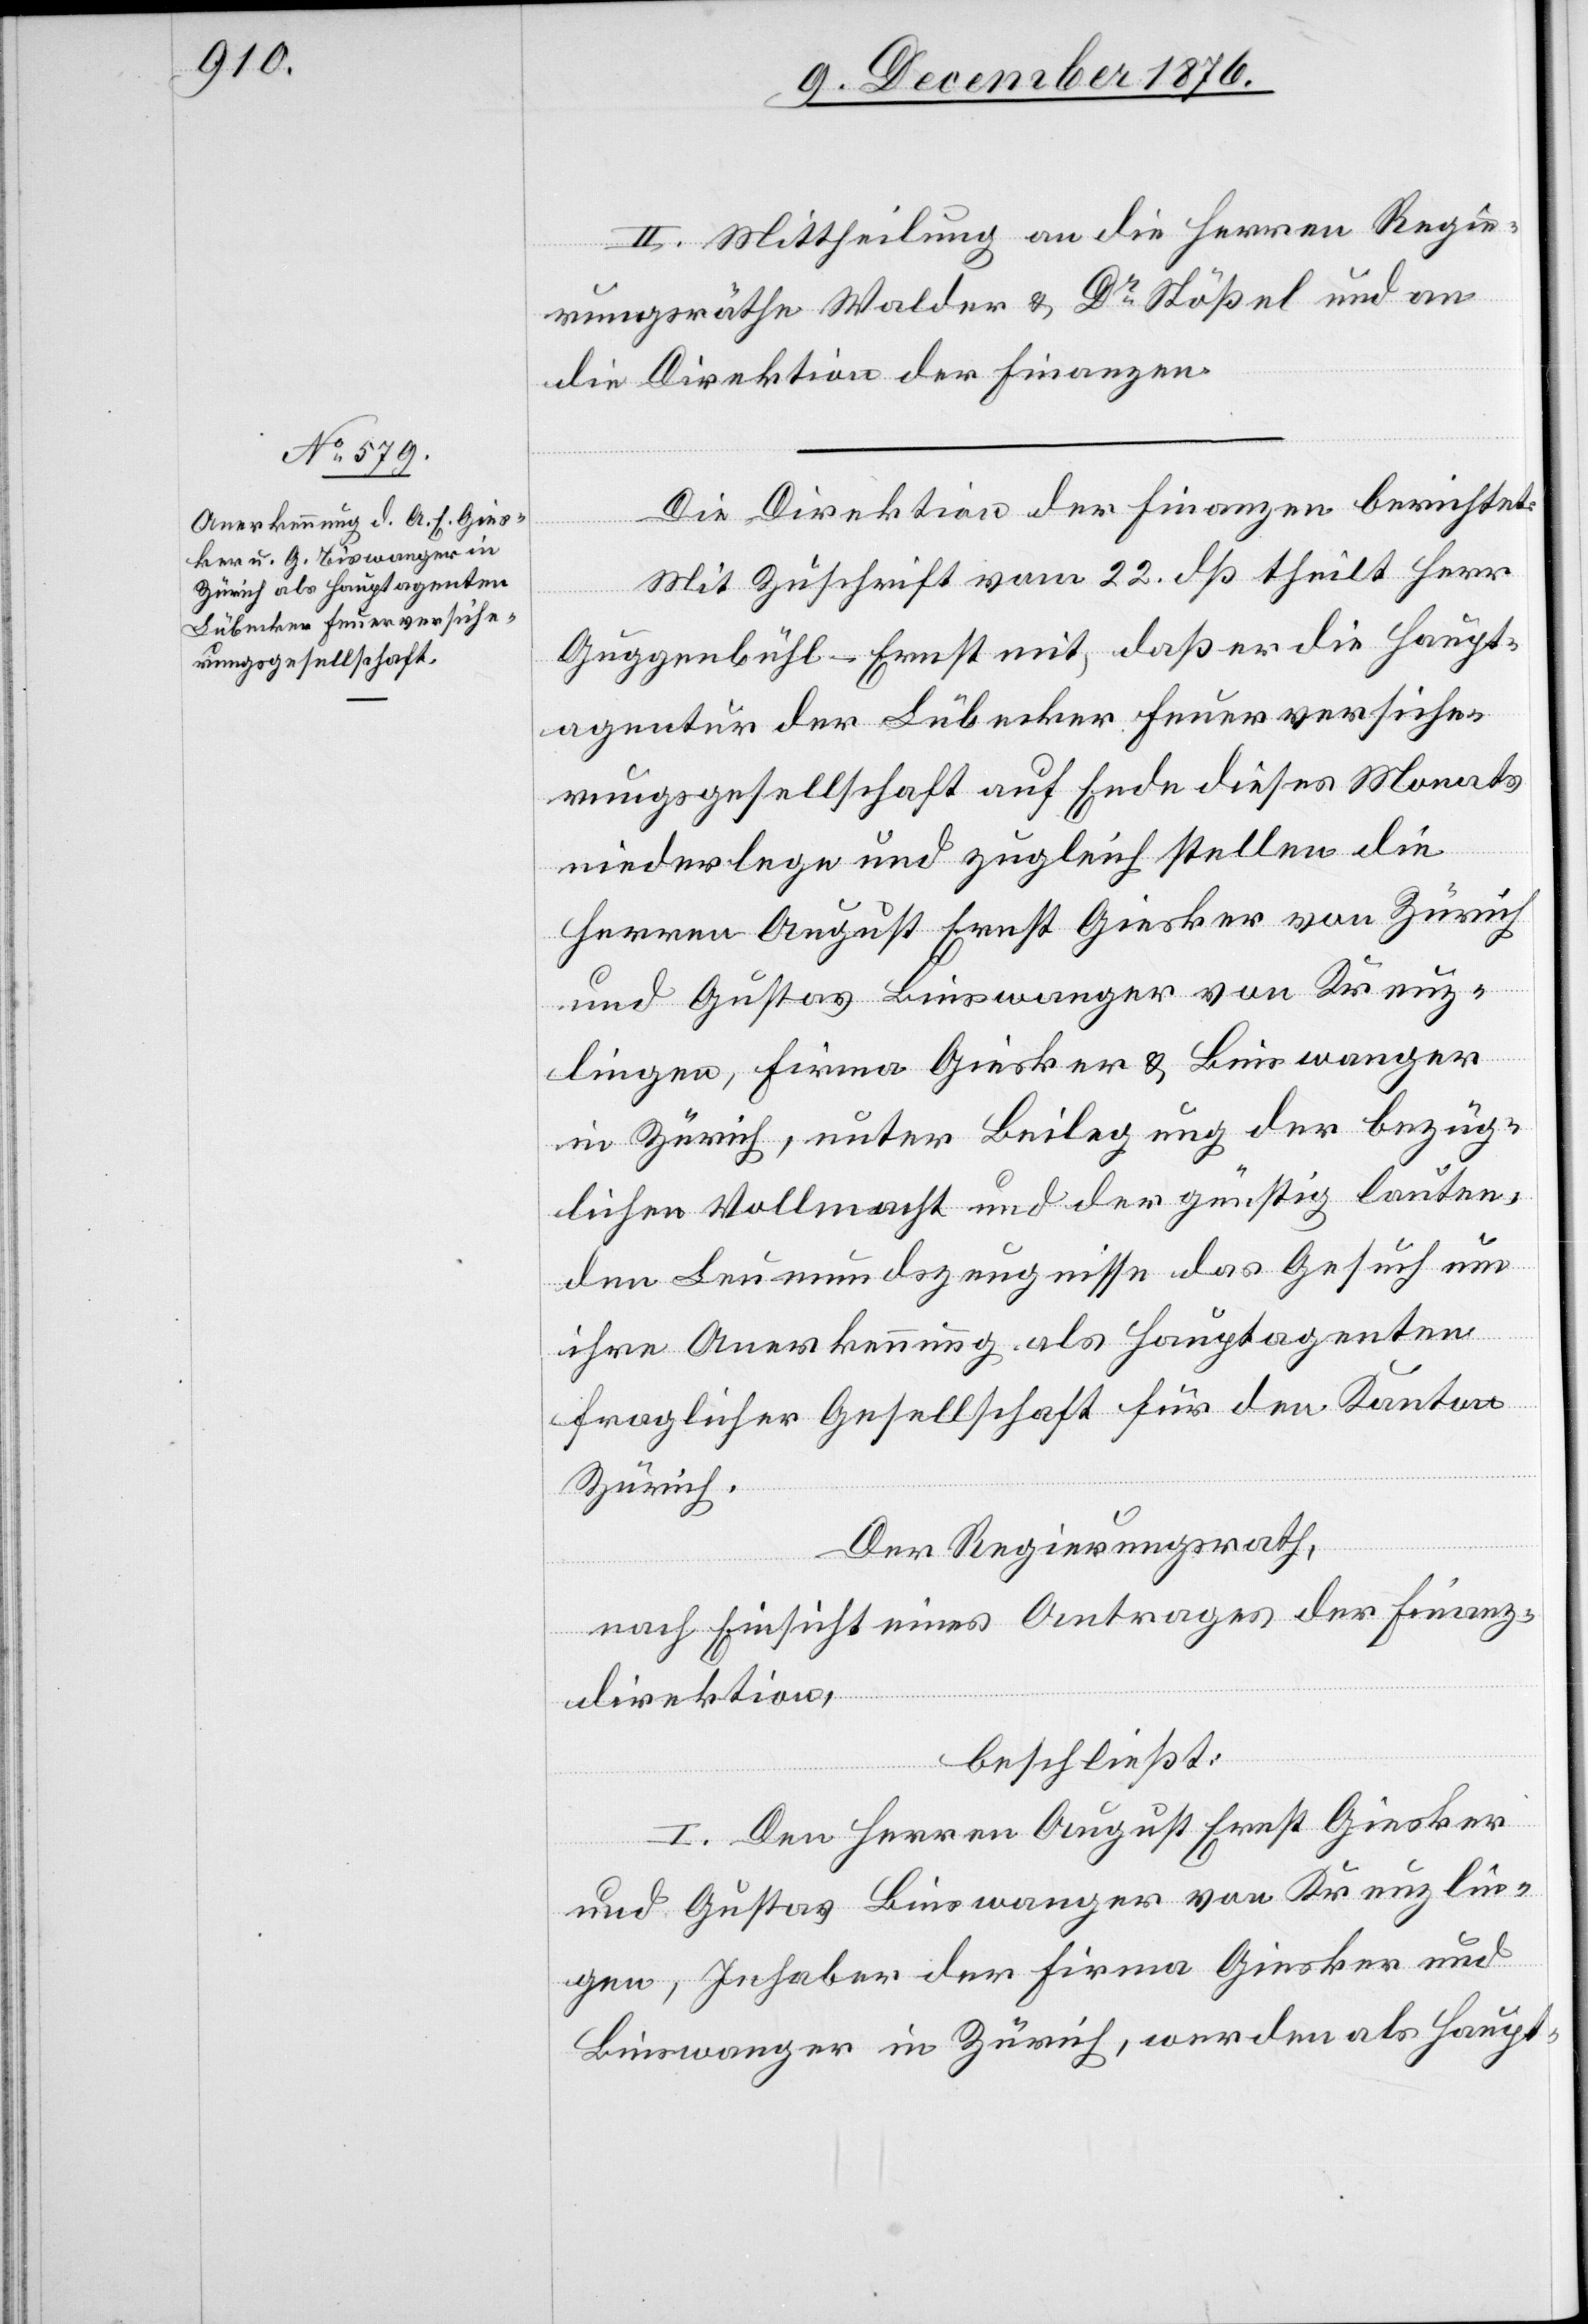
II. Mittheilung an die Herren Regie¬
rungsräthe Walder & Dr Stößel und an
die Direktion der Finanzen.
Die Direktion der Finanzen berichtet:
Mit Zuschrift vom 22. dß theilt Herr
Guggenbühl-Ernst mit, daß er die Haupt¬
agentur der Lübecker Feuerversiche¬
rungsgesellschaft auf Ende dieses Monats
niederlege und zugleich stellen die
Herren August Ernst Giesker von Zürich
von
lingen, Firma Giesker & Binswanger
in Zürich, unter Beilegung der bezüg¬
lichen Vollmacht und der günstig lauten¬
den Leumundszeugnisse das Gesuch um
ihre Anerkennung als Hauptagenten
Kreuz¬
fraglicher Gesellschaft für den Kanton
Zürich.
Der Regierungsrath,
nach Einsicht eines Antrages der Finanz¬
Binswanger
direktion,
beschließt:
I. Den Herren August Ernst Giesker
und Gustav Binswanger von Kreuzlin¬
gen, Inhaber der Firma Giesker und
Binswanger in Zürich, werden als Haup-